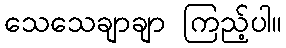
သေသေချာချာ ကြည့်ပါ။